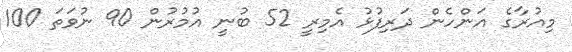
މިއުރާގެ އަންހެން ދަރިފުޅު އެމިރީ 52 ބުނީ އުމުރުން 90 ނުވަތަ 100